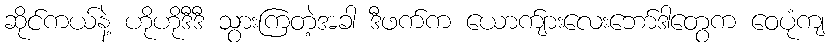
ဆိုင်ကယ်နဲ့ ဟိုဟိုဒီဒီ သွားကြတဲ့အခါ ဒီဖက်က ယောက်ျားလေးဘော်ဒါတွေက ဝေပုံကျ